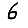
Digit: 6